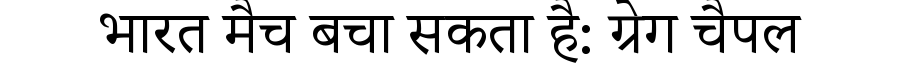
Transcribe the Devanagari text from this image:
भारत मैच बचा सकता है: ग्रेग चैपल